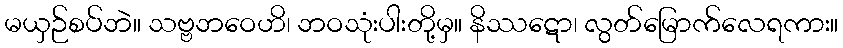
မယှဉ်စပ်ဘဲ။ သဗ္ဗဘဝေဟိ၊ ဘဝသုံးပါးတို့မှ။ နိဿဋော၊ လွတ်မြောက်လေရကား။